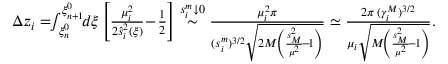
\begin{array} { r } { \Delta z _ { i } = \! \! \int _ { \xi _ { n } ^ { 0 } } ^ { \xi _ { n + 1 } ^ { 0 } } \! \! d \xi \left[ \frac { \mu _ { i } ^ { 2 } } { 2 \hat { s } _ { i } ^ { 2 } ( \xi ) } \! - \! \frac 1 2 \right] \stackrel { s _ { i } ^ { m } \downarrow 0 } { \sim } \frac { \mu _ { i } ^ { 2 } \pi } { ( s _ { i } ^ { m } ) ^ { 3 / 2 } \sqrt { 2 M \! \left( \frac { s _ { { \scriptscriptstyle M } } ^ { 2 } } { \mu ^ { 2 } } \! - \! 1 \right) } } \simeq \frac { 2 \pi \, ( \gamma _ { i } ^ { { \scriptscriptstyle M } } ) ^ { 3 / 2 } } { \mu _ { i } \sqrt { M \! \left( \frac { s _ { { \scriptscriptstyle M } } ^ { 2 } } { \mu ^ { 2 } } \! - \! 1 \right) } } . } \end{array}